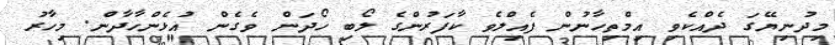
މިދުނިޔޭގަ ދެއްކެވި އިމްތިހާނުން ފެއިލްވެ ކާފަރުންގެ ލޯބި ހޯދަން ވެގެން އުޅެންހާދާން. މިހާރު